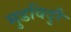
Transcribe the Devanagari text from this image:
मुडविदुरै